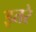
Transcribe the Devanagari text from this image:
इतरे